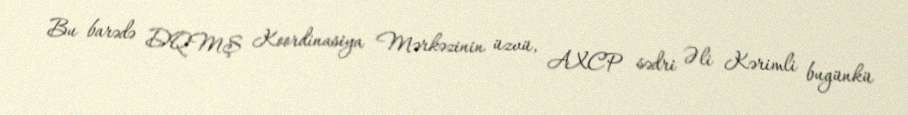
Bu barədə DQMŞ Koordinasiya Mərkəzinin üzvü, AXCP sədri Əli Kərimli bugünkü